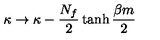
\kappa \rightarrow \kappa - { \frac { N _ { f } } { 2 } } \tanh { \frac { \beta m } { 2 } }